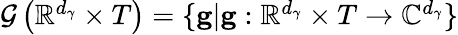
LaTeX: \begin{array}{r}{\mathcal{G}\left(\mathbb{R}^{d_{\gamma}}\times T\right)=\{ \mathbf{g}\vert\mathbf{g}:\mathbb{R}^{d_{\gamma}}\times T\rightarrow\mathbb{C}^{d_{\gamma}}\} }\end{array}